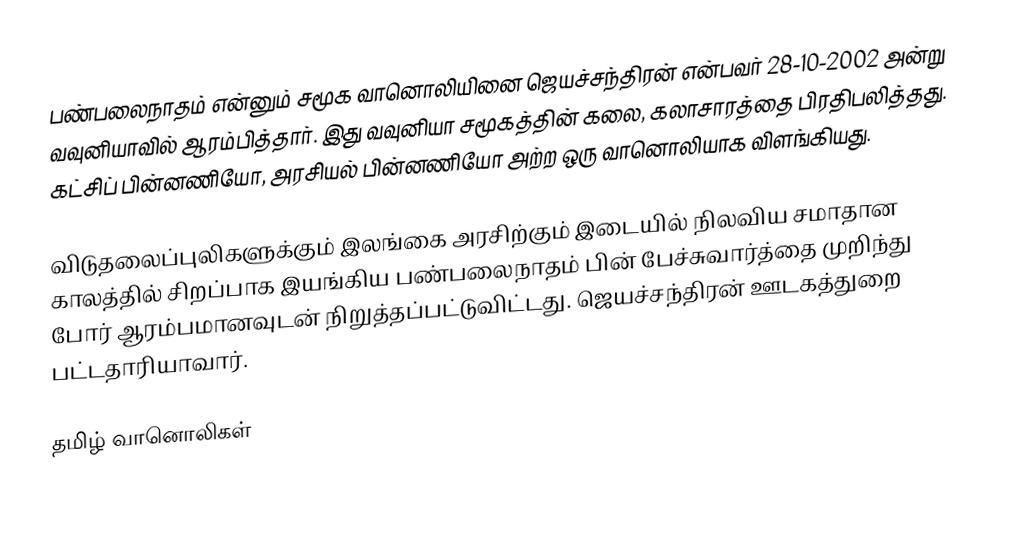
பண்பலைநாதம் என்னும் சமூக வானொலியினை ஜெயச்சந்திரன் என்பவர் 28-10-2002 அன்று வவுனியாவில்  ஆரம்பித்தார். இது வவுனியா சமூகத்தின் கலை, கலாசாரத்தை பிரதிபலித்தது. கட்சிப் பின்னணியோ, அரசியல் பின்னணியோ அற்ற ஒரு வானொலியாக விளங்கியது.

விடுதலைப்புலிகளுக்கும்  இலங்கை அரசிற்கும் இடையில் நிலவிய சமாதான காலத்தில் சிறப்பாக இயங்கிய பண்பலைநாதம் பின் பேச்சுவார்த்தை முறிந்து போர் ஆரம்பமானவுடன் நிறுத்தப்பட்டுவிட்டது. ஜெயச்சந்திரன் ஊடகத்துறை பட்டதாரியாவார்.

தமிழ் வானொலிகள்